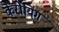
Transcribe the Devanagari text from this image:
कैरीयिंग